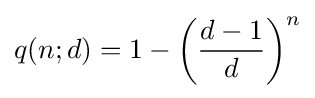
q(n;d)=1-\left({\frac {d-1}{d}}\right)^{n}